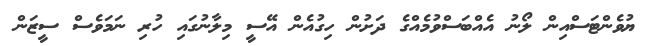
ޔުވެންޓަސްއިން ލޯނު އެއްބަސްވުމެއްގެ ދަށުން ހިގުއެން އޭސީ މިލާނުގައި ހުރި ނަމަވެސް ސީޒަން